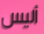
أليس